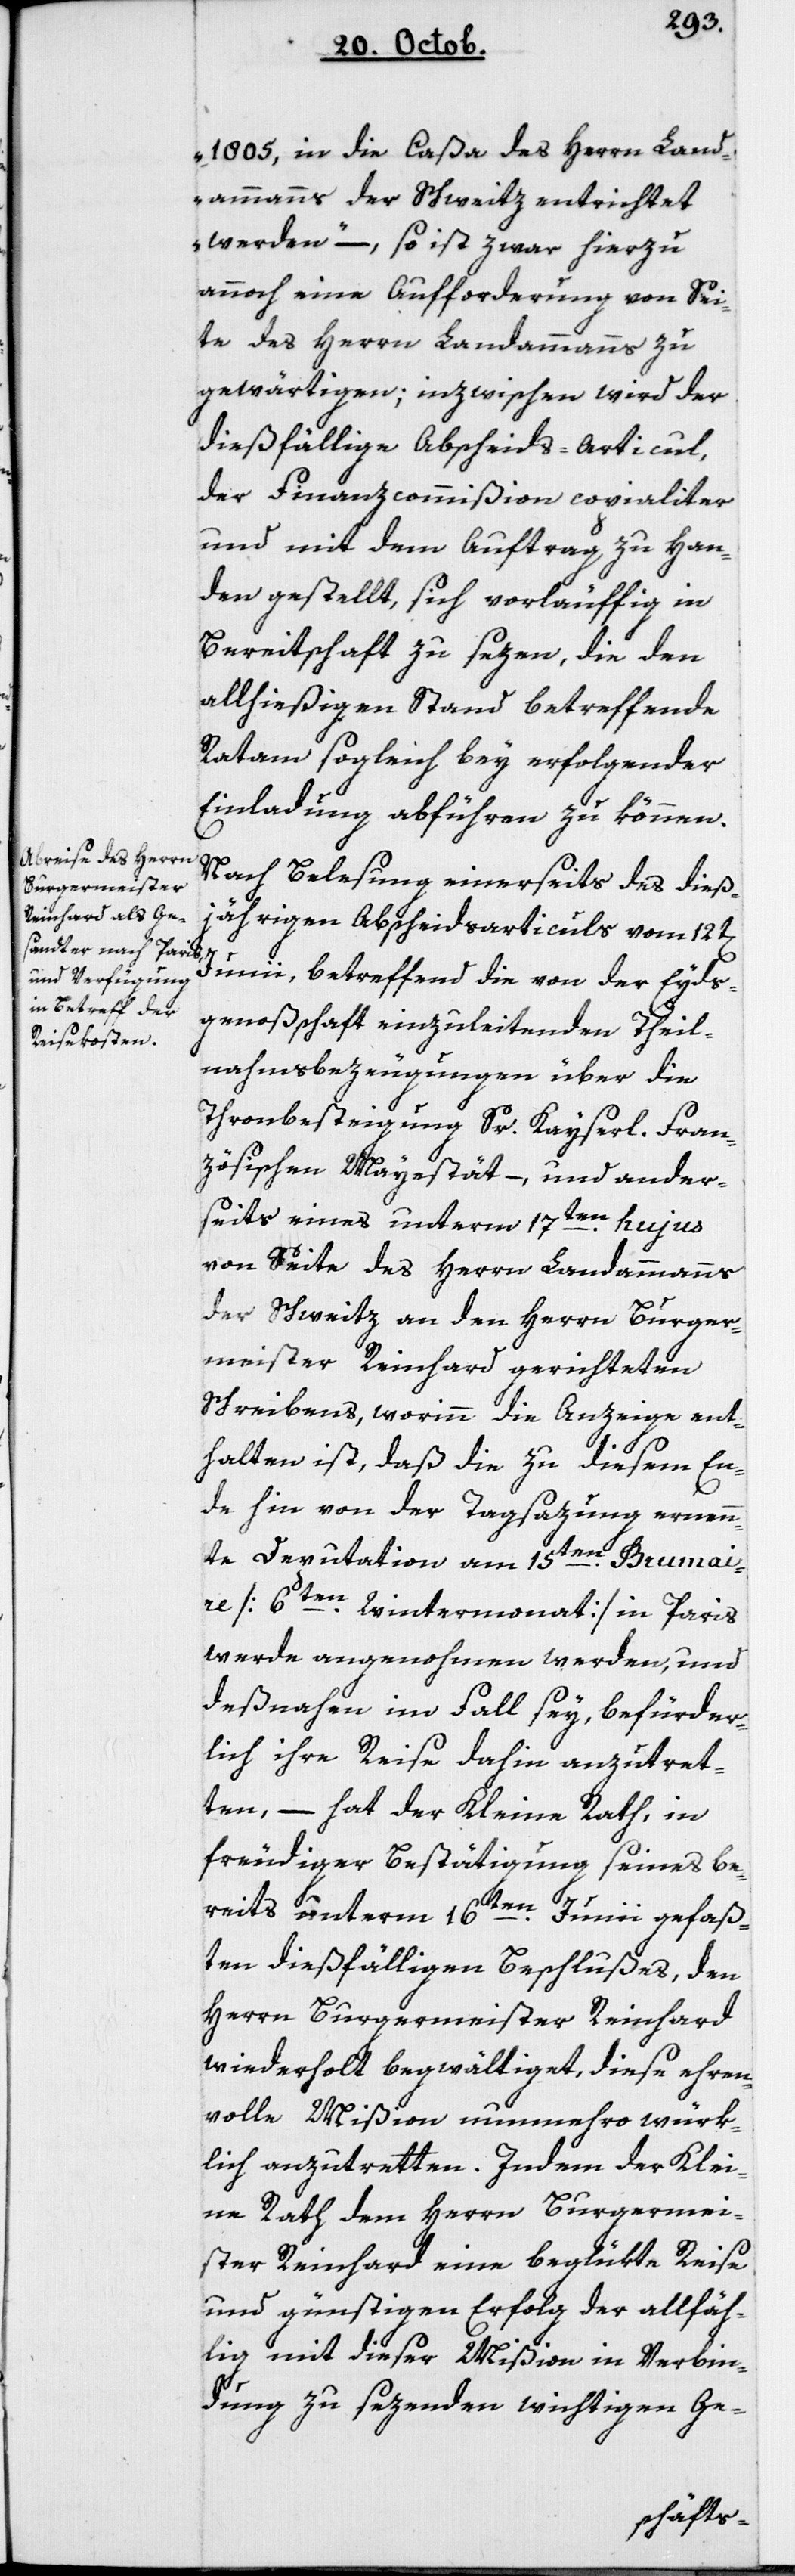
1805, in die Caßa des Herrn Land¬
ammanns der Schweitz entrichtet
werden“ – so ist zwar hierzu
annoch eine Aufforderung von Sei¬
te des Herrn Landammanns zu
gewärtigen, inzwischen wird der
dießfällige Abscheids-Articul,
der Finanzcommißion copialiter
und mit dem Auftrag zu Han¬
den gestellt, sich vorläuffig in
Bereitschaft zu sezen, die den
allhießigen Stand betreffende
Ratam sogleich bey erfolgender
Einladung abführen zu können.
Nach Belesung einerseits des dies¬
jährigen Abscheidsarticuls vom 12ten
Junii, betreffend die von der Eyds¬
genoßenschaft einzuleitenden Theil¬
nahms-Bezeugungen über die
Thronbesteigung Sr Kaiserlichen Fran¬
zösischen Majestät, – und ander¬
seits eines unterm 17ten hujus
von Seite des Herrn Landammanns
der Schweitz an den Herrn Burger¬
meister Reinhard gerichteten
Schreibens, worinn die Anzeige ent¬
halten ist, daß die zu diesem En¬
de hin von der Tagsazung ernenn¬
te Deputation am 15ten Brumai¬
re [6ten Wintermonat] in Paris
werde angenohmen werden, und
deßnahen im Fall sey, befürder¬
lich ihre Reise dahin anzutret¬
ten, – hat der Kleine Rath, in
freudiger Bestätigung seines be¬
reits unterm 16ten Junii gefaß¬
ten dießfälligen Beschlußes, den
Herrn Burgermeister Reinhard
wiederholt begwältiget, diese ehren¬
volle Mißion nunmehro würk¬
lich anzutretten. Indem der Klei¬
ne Rath dem Herrn Burgermei¬
ster Reinhard eine beglükte Reise
und günstigen Erfolg der allfäl¬
lig mit dieser Mißion in Verbin¬
dung zu sezenden wichtigen Ge-